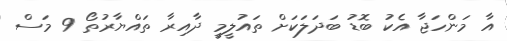
އާ މަންހަޖާ އެކު ބޮޑު ބަދަލަކަށް ތައުލީމީ ދާއިރާ ތައްޔާރުތޯ 9 މަސް